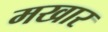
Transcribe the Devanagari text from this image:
मखार